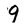
Character: 9